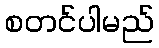
စတင်ပါမည်